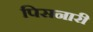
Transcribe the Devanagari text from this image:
पिसनारी